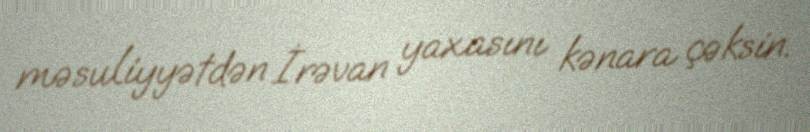
məsuliyyətdən İrəvan yaxasını kənara çəksin.